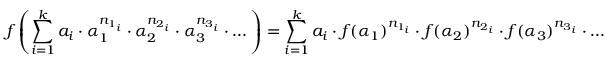
f \left( \sum _ { i = 1 } ^ { k } a _ { i } \cdot \alpha _ { 1 } ^ { n _ { 1 _ { i } } } \cdot \alpha _ { 2 } ^ { n _ { 2 _ { i } } } \cdot \alpha _ { 3 } ^ { n _ { 3 _ { i } } } \cdot \dots \right) = \sum _ { i = 1 } ^ { k } a _ { i } \cdot f ( \alpha _ { 1 } ) ^ { n _ { 1 _ { i } } } \cdot f ( \alpha _ { 2 } ) ^ { n _ { 2 _ { i } } } \cdot f ( \alpha _ { 3 } ) ^ { n _ { 3 _ { i } } } \cdot \dots